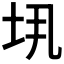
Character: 𫭤